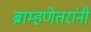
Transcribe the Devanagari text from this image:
ब्राम्हणेतरांनी